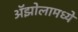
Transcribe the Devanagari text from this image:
ॲझोलामध्ये